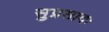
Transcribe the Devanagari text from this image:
सुप्रसादः